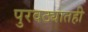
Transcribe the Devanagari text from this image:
पुरवठ्यातही